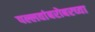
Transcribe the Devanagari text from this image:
पल्लवांबरोबरच्या